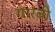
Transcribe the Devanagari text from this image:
गारबी